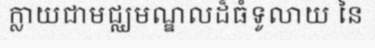
ក្លាយជាមជ្ឈមណ្ឌលដ៏ធំទូលាយ នៃ